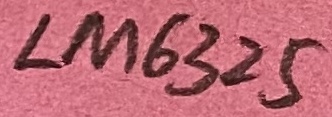
Text: LM6325